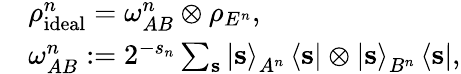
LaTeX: \begin{array}{rl}&{\rho_{\mathrm{ideal}}^{n}=\omega_{AB}^{n}\otimes\rho_{E^{n}},}\\ &{\omega_{AB}^{n}:=2^{-s_{n}}\sum_{\mathbf{s}}\left\vert\mathbf{s}\right\rangle_{A^{n}}\left\langle\mathbf{s}\right\vert\otimes\left\vert\mathbf{s}\right\rangle_{B^{n}}\left\langle\mathbf{s}\right\vert,}\end{array}